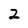
Character: 2